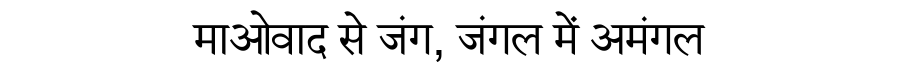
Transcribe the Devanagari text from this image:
माओवाद से जंग, जंगल में अमंगल